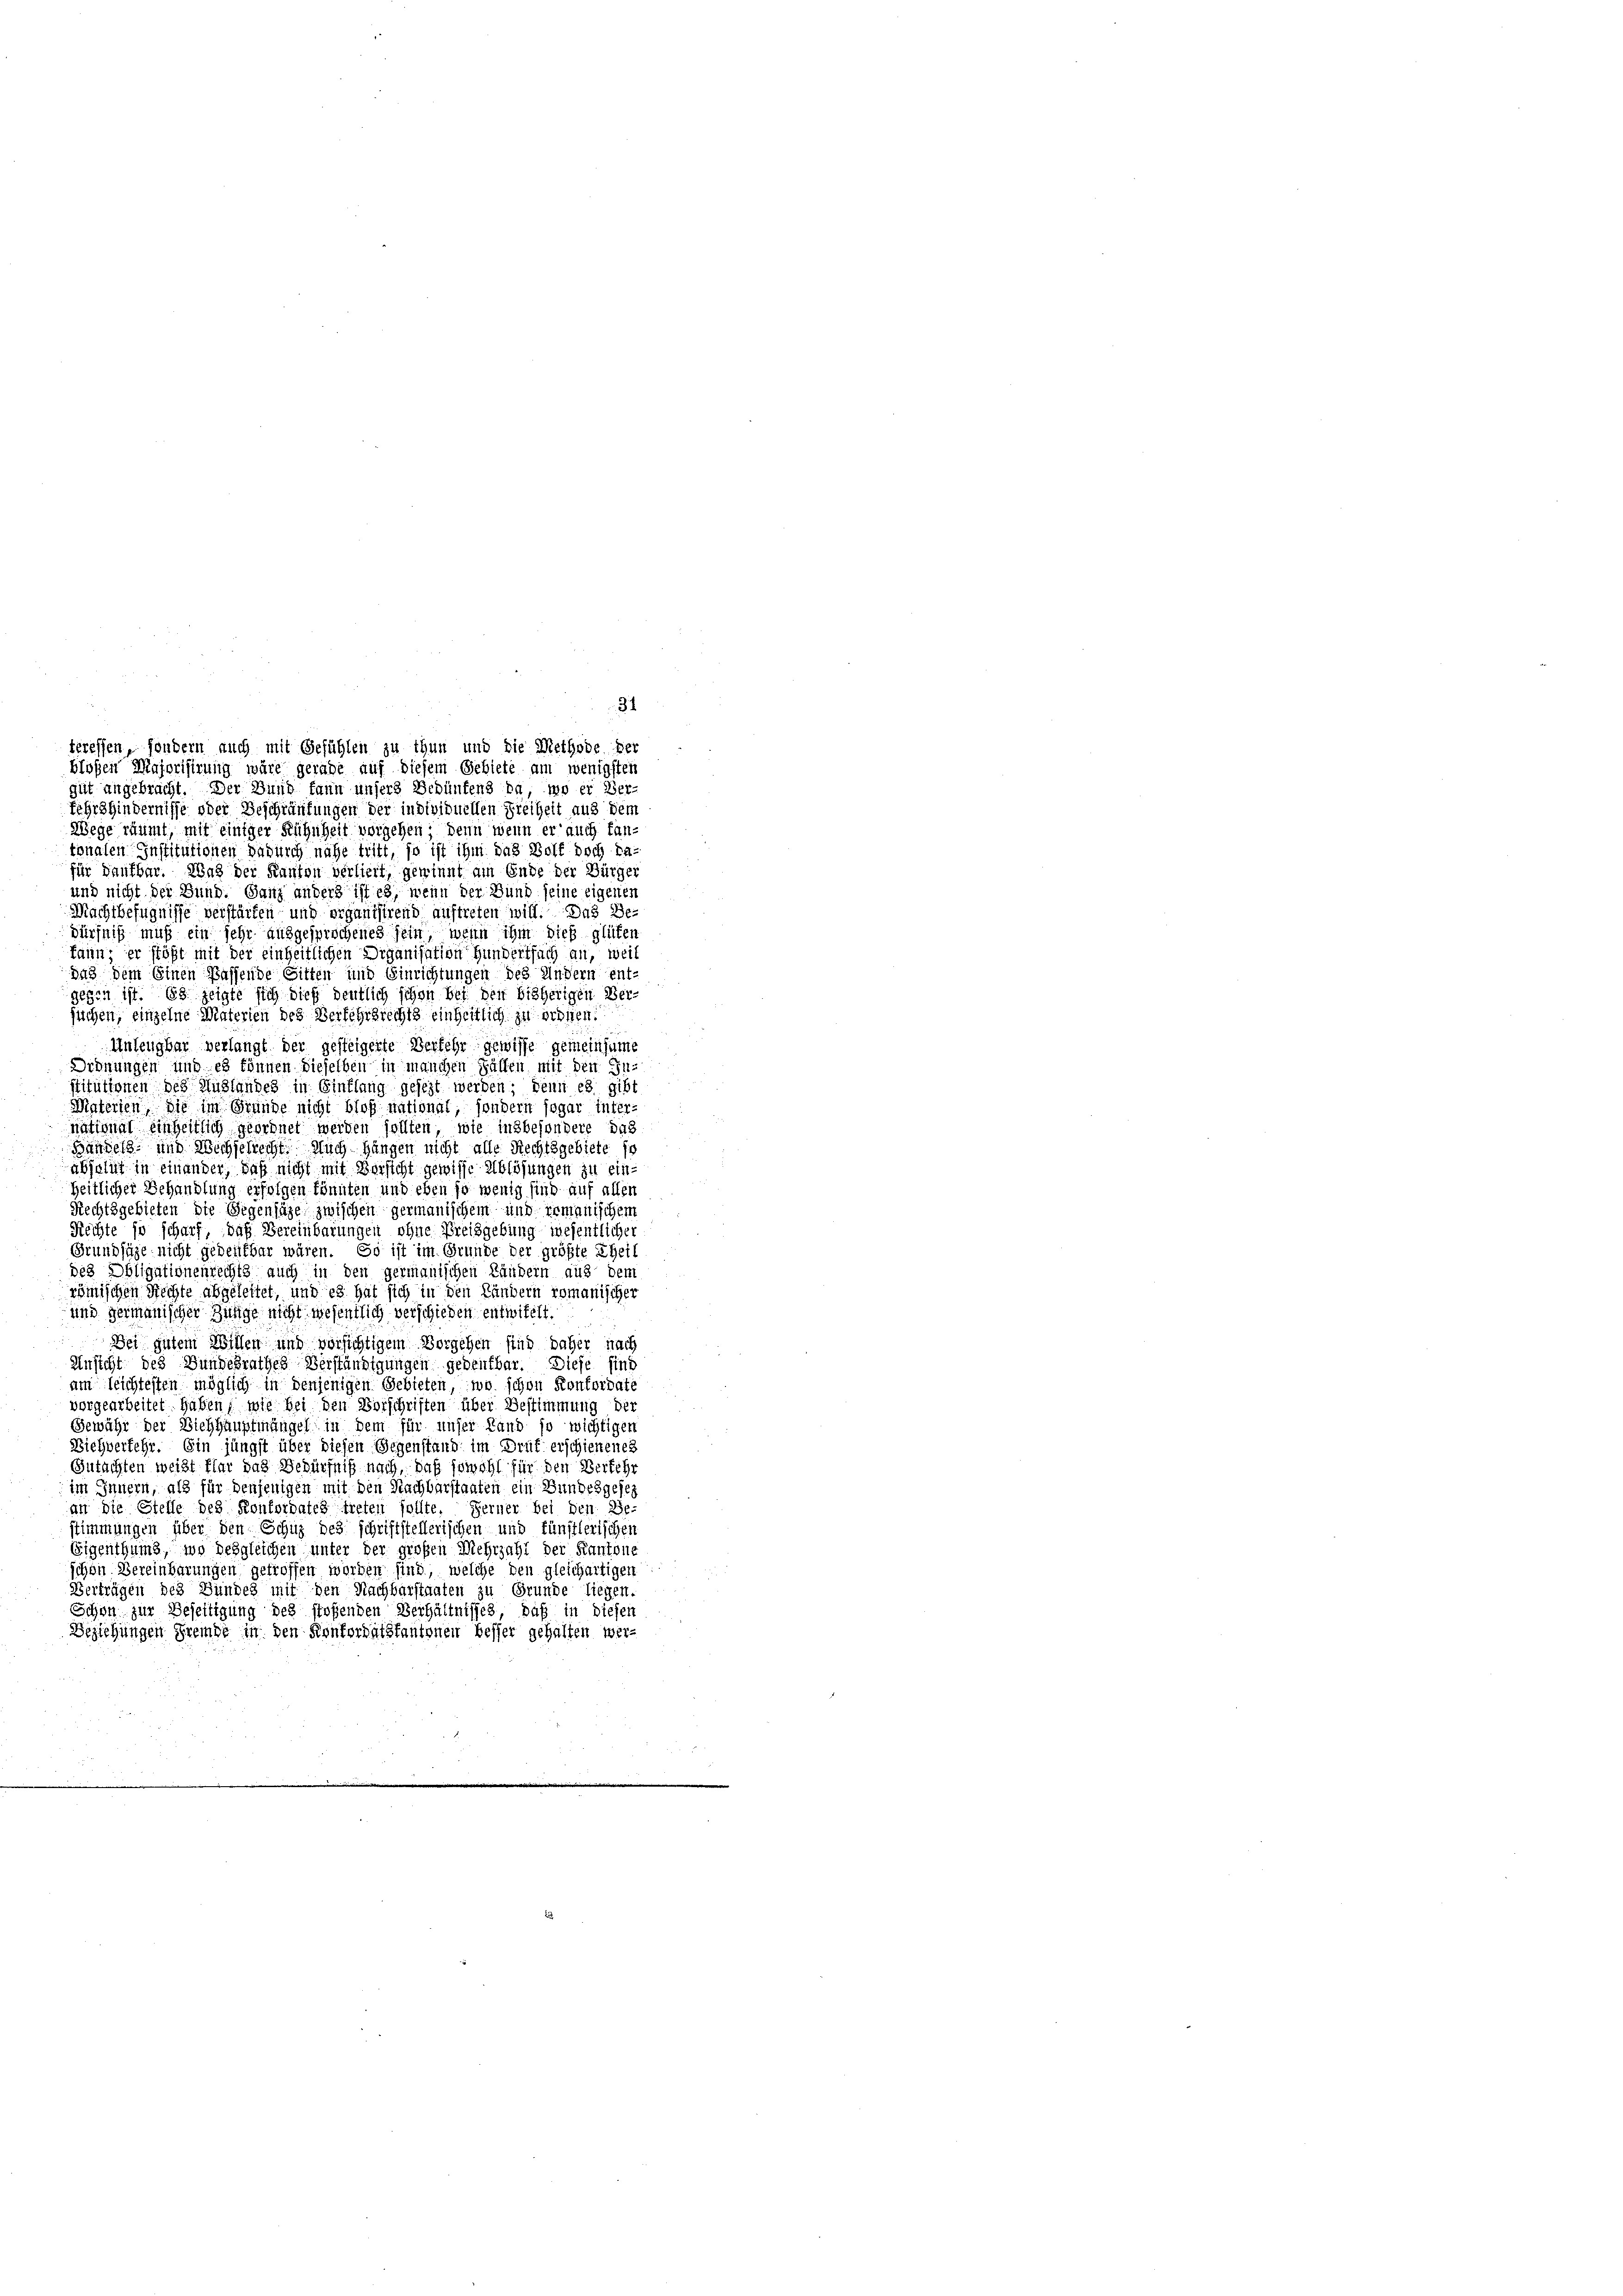
gut angebracht. Der Bund fann unsers Bedünfens da, wo er Ver-
Fehr hindernisse oder Beschräufungen der individuellen Freiheit aus dem
Wege räumt, mit einiger Rühnheit vorgehen; denn wenn er auch fan-

31
treffen, sondern auch mit Gefühlen zu thun und die Methode der
blossen Majorisirung wäre gerade auf diesem Gebiete am wenigsten

tonalen Institutionen dadurch nahe tritt, so ist ihm das Wolf doch da-
für Kaufbar. Was der Kanton verliert, gewinnt am Ende der Bürger
und nicht der Bund. Ganz anders ist es, wenn der Bund seine eigenen
Machtbefugnisse verstärken- und organisirend auftreten will. Das De-
dürfniß muß ein sehr ausgesprochenes sein, wenn ihm dies glühen
kann; er stößt mit der einheitlichen Diganisation Hundertfach an, weil
dus dem Einen Bassende Sitten und Einrichtungen des Andern ent-
gegen ist. Es zeigte sich dies deutlich schon bei den bisherigen Ver-
suchen, einzelne Materien des Verfehrsrechts einheitlich zu ordnen.
Anleugbar verlangt der gesteigerte Verkehr gewisse gemeinsame
Ordnungen und es können dieselben in manchen Fällen mit den In-
stitutionen des Mühlandes in Einflung gesezt werden; denn es gibt
Materien, die im Grunde nicht bloß national, sondern sogar inter-
national einheitlich geordnet werden sollten, wie insbesondere das
Bündels- und Wechselrecht. Auch hängen nicht alle Rechtsgebiete so
absolut in einander, daß nicht mit Vorsicht gewisse Ablösungen zu ein-
Zeitlicher Behandlung erfolgen könnten und eben so wenig sind auf allen
Rechtsgebieten die Gegensäze zwischen germanischem und ermanischem
Rechte so scharf, daß Bereinbarungen ohne Preisgebung wesentlicher
Grundsäge nicht gedenkbar wären. So ist im Grunde der größte Theil
des Obligationenrechts auch in den germanischen Ländern aus dem
römischen Rechte abgeleitet, und es hat sich in den Ländern romanischer
und germanischer Zunge nicht wesentlich verschieden entwifelt.
Bei gutem Willen und vorsichtigem Vorgehen sind daher nach
Ansicht des Bundesrathes Verständigungen gedenkbar. Diese sind
am leichtesten möglich in denjenigen Gebieten, wo schon Konkordate
vorgearbeitet. Haben, wie bei den Vorschriften über Bestimmung der
Gewähr der Viehhauptmängel in dem für unser Land so wichtigen
Biehverfehr. Ein jüngst über diesen Gegenstand im Druf erschienenes
Gutachten weißt flar das Bedürfniß nach, daß sowohl für den Verkehr
im Innern, als für denjenigen mit den Nachbarstaaten ein Bundesgesez
an die Stelle des Konfordates treten sollte. Ferner bei den Be-
stimmungen über den Schuz des schriftstellerischen und fünstlerischen
Eigenthums, wo desgleichen unter der großen Mehrzahl der Kantone
schon Vereinbarungen getroffen worden sind, welche den gleichartigen
Verträgen des Bundes mit den Nachbarstaaten zu Grunde liegen,
Schon zur Beseitigung des stoßenden Verhältnisses, daß in diesen
Beziehungen Fremde in den Konkordatskantonen besser gehalten wer¬